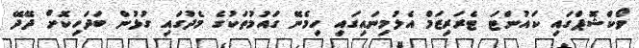
ވޯކްޝޮޕްގައި ކައުންޓަ ޓެރަރިޒަމް އެލުމިނައިގައި ހިމެނޭ ގައުމުތަކުގެ މެދުގައި ގުޅުން ބަދަހިކޮށް ދޭދޭ